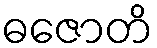
ဓဇောတိ